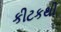
કીટકથી